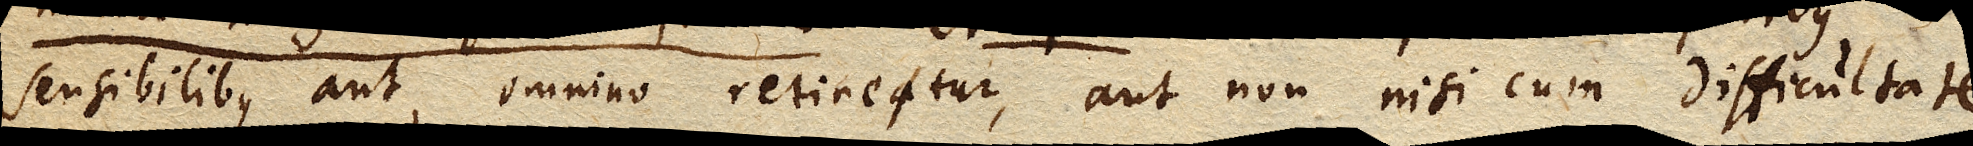
sensibilibus aut omnino retinetur, aut non nisi cum difficultate